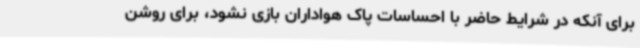
برای آنکه در شرایط حاضر با احساسات پاک هواداران بازی نشود، برای روشن